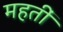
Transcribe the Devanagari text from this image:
महतीं